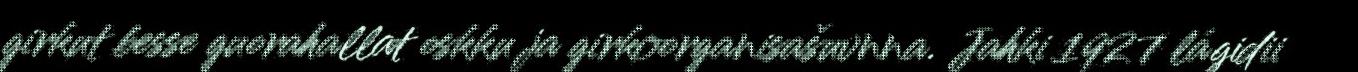
girkut besse guorahallat oskku ja girkoorganisašuvnna. Jahki 1927 lágidii